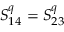
S _ { 1 4 } ^ { q } = S _ { 2 3 } ^ { q }